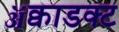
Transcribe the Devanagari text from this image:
ॲक्वाडक्ट